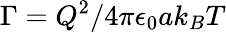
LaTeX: \Gamma=Q^{2}/4\pi\epsilon_{0}ak_{B}T